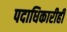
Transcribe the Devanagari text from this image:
पदाधिकारीही